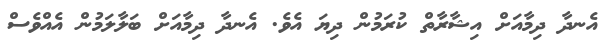
އެނދާ ދިމާއަށް އިޝާރާތް ކުރަމުން ދިޔަ އެވެ. އެނދާ ދިމާއަށް ބަލާލަމުން އެއްވެސް